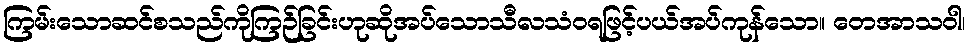
ကြမ်းသောဆင်စသည်ကိုကြဉ်ခြင်းဟုဆိုအပ်သောသီလသံဝရဖြင့်ပယ်အပ်ကုန်သော။ တေအာသဝါ၊